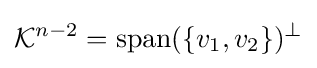
{\mathcal {K}}^{n-2}={\text{span}}(\{v_{1},v_{2}\})^{\perp }